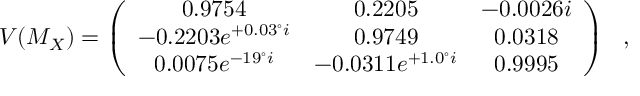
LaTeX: V ( M _ { X } ) = \left( \begin{array} { c c c } { { 0 . 9 7 5 4 } } & { { 0 . 2 2 0 5 } } & { { - 0 . 0 0 2 6 i } } \\ { { - 0 . 2 2 0 3 e ^ { + 0 . 0 3 ^ { \circ } i } } } & { { 0 . 9 7 4 9 } } & { { 0 . 0 3 1 8 } } \\ { { 0 . 0 0 7 5 e ^ { - 1 9 ^ { \circ } i } } } & { { - 0 . 0 3 1 1 e ^ { + 1 . 0 ^ { \circ } i } } } & { { 0 . 9 9 9 5 } } \end{array} \right) \ \ ,